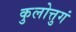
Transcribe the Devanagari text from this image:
कुलोत्तुगं